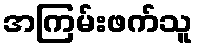
အကြမ်းဖက်သူ